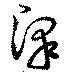
沢